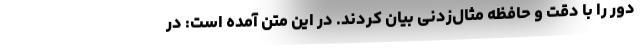
دور را با دقت و حافظه مثال‌زدنی بیان کردند. در این متن آمده است: در